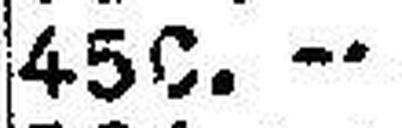
450.—